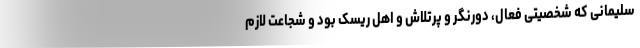
سلیمانی که شخصیتی فعال، دورنگر و پرتلاش و اهل ریسک بود و شجاعت لازم